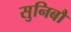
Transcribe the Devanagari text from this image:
सुनिबौ